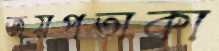
জয়পতাকা